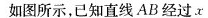
如图所示，已知直线AB经过x